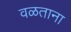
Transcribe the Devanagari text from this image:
वळताना